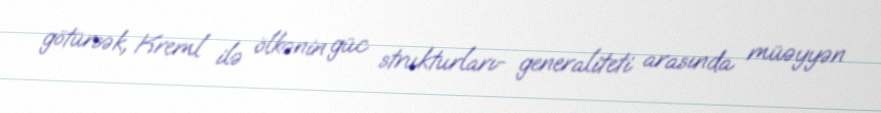
götürsək, Kreml ilə ölkənin güc strukturları- generaliteti arasında müəyyən